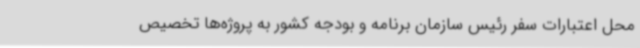
محل اعتبارات سفر رئیس سازمان برنامه و بودجه کشور به پروژه‌ها تخصیص